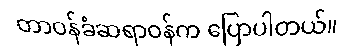
တာဝန်ခံဆရာဝန်က ပြောပါတယ်။